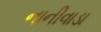
નાનીવાડા